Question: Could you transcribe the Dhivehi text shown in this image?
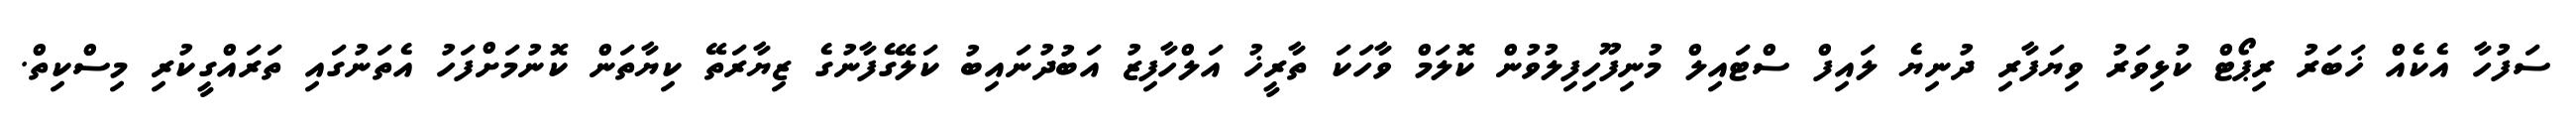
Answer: ސަފުހާ އެކެއް ޚަބަރު ރިޕޯޓް ކުޅިވަރު ވިޔަފާރި ދުނިޔެ ލައިފް ސްޓައިލް މުނިފޫހިފިލުވުން ކޮލަމް ވާހަކަ ތާރީޚު އަލްހާފިޒު އަބުދުނައިބު ކަލޭގެފާނުގެ ޒިޔާރަތޭ ކިޔާތަން ކޮނުމަށްފަހު އެތަނުގައި ތަރައްގީކުރި މިސްކިތް.